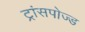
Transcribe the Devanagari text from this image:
ट्रांसपोज्ड